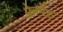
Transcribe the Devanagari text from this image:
फ़्रेग्मेंट